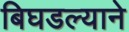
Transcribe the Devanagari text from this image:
बिघडल्याने